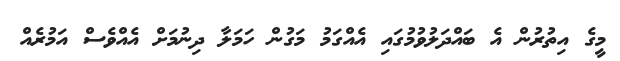
މީގެ އިތުރުން އެ ބައްދަލުވުމުގައި އެއްގަމު މަގުން ހަމަލާ ދިނުމަށް އެއްވެސް އަމުރެއް